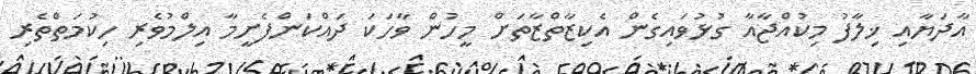
އާދަޔާއި ޚިލާފު މިކުއްޖާއާ ގުޅުވައިގެން އެކިޒާތްޒާތަށް މީހުން ވާހަކަ ދައްކަންފެށީމާ އިލްމުވެރި ހިކުމަތްތެރި